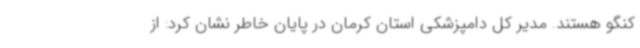
کنگو هستند. مدیر کل دامپزشکی استان کرمان در پایان خاطر نشان کرد: از